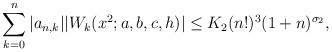
LaTeX: \begin{align*}\sum_{k=0}^n |a_{n,k}| |W_k(x^2;a,b,c,h)| \le K_2(n!)^3(1+n)^{\sigma_2},\end{align*}